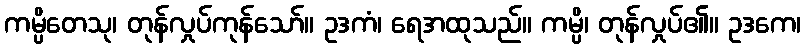
ကမ္ပိတေသု၊ တုန်လှုပ်ကုန်သော်။ ဥဒကံ၊ ရေအထုသည်။ ကမ္ပိ၊ တုန်လှုပ်၏။ ဥဒကေ၊